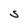
Character: S